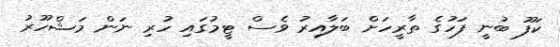
ކަފޫ ބުނީ ފަހުގެ ތާރީހަށް ބަލާއިރު ވެސް ޓީމުގައި ހުރި ނަން މަޝްހޫރު